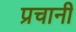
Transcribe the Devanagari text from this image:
प्रचानी